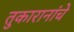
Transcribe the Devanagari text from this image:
तुकारानांचे